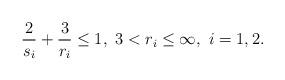
LaTeX: \begin{align*}\frac{2}{s_i}+\frac{3}{r_i} \le 1, \ 3<r_i \le \infty, \ i=1,2.\end{align*}